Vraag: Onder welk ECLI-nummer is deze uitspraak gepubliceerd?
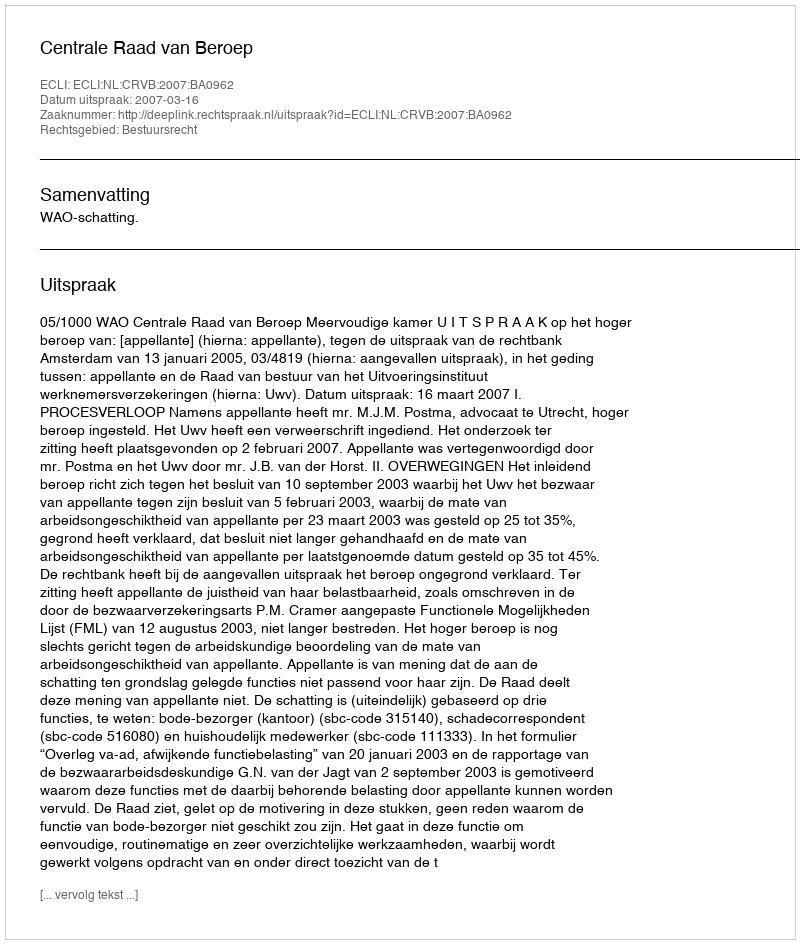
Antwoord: ECLI:NL:CRVB:2007:BA0962